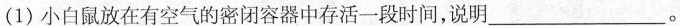
(1)小白鼠放在有空气的密闭容器中存活一段时间，说明___。